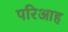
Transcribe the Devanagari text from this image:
परिआह